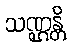
သဏ္ဌန္တိ